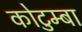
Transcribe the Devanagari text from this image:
कोटुम्बा